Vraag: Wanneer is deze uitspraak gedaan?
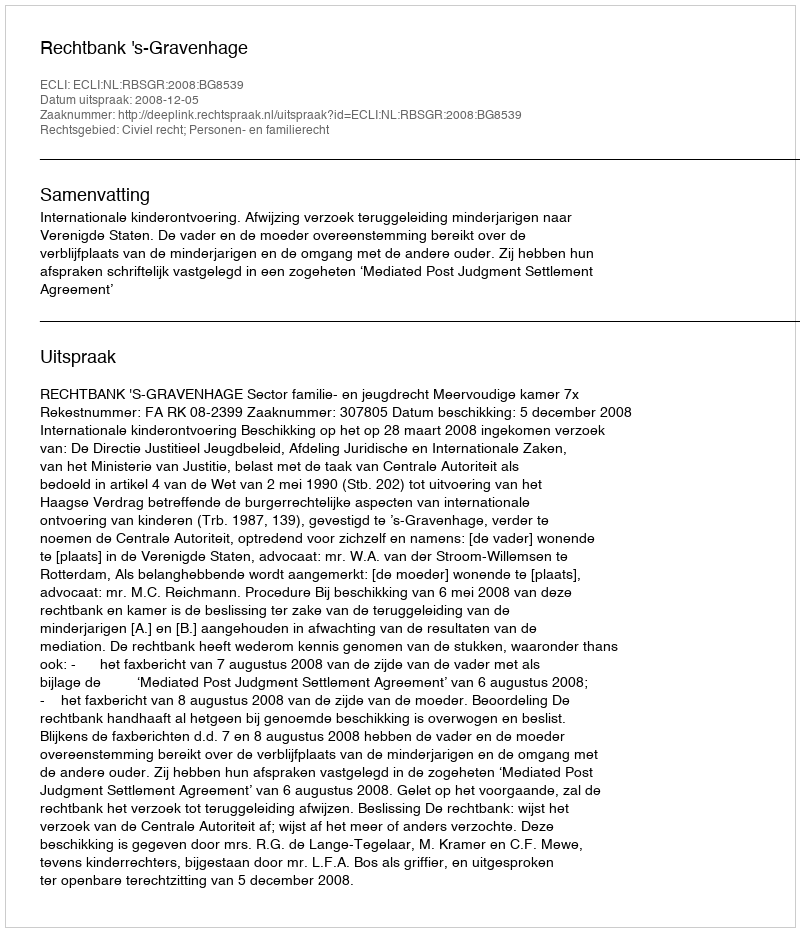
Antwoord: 2008-12-05